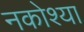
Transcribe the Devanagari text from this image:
नकोश्या